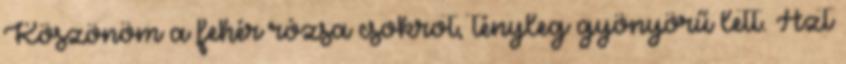
Köszönöm a fehér rózsa csokrot, tényleg gyönyörű lett. Azt